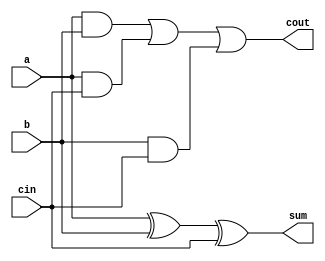
module fulladder(a, b, cin, sum, cout);
  input a, b, cin;
  output sum, cout;
  assign #2 sum = a ^ b ^ cin;
  assign #2 cout = a & b | a & cin | b & cin;
endmodule

module fulladder_LA(a, b, cin, sum, p, g);
  input a, b, cin;
  output sum, p, g;
  assign #2 sum = a ^ b ^ cin;
  assign #1 g = a & b;
  assign #1 p = a ^ b;
endmodule

module lookahead(p3, p2, p1, p0, g3, g2, g1, g0, c0, c1, c2, c3, c4, P, G);
  input p3, p2, p1, p0, g3, g2, g1, g0, c0;
  output c1, c2, c3, c4, P, G;
  
  // Hook up the carries
  assign #2 c1 = g0 | p0 & c0;
  assign #2 c2 = g1 | p1 & c1;
  assign #2 c3 = g2 | p2 & c2;
  assign #2 c4 = g3 | p3 & c3;
  
  // Logic for "Super Propagate" and "Super Generate"
  assign #3 P = p3 & p2 & p1 & p0;
  assign #4 G = g3 | p3 & g2 | p3 & p2 & g1 | p3 & p2 & p1 & g0;
endmodule

module CLA(a, b, cin, sum, cout, P, G);
  input [3:0] a, b;
  input cin;
  output [3:0] sum;
  output cout, P, G;
  
  wire [3:0] c, p, g;
  assign c[0] = cin;
  
  fulladder_LA f0(a[0], b[0], c[0], sum[0], p[0], g[0]);
  fulladder_LA f1(a[1], b[1], c[1], sum[1], p[1], g[1]);
  fulladder_LA f2(a[2], b[2], c[2], sum[2], p[2], g[2]);
  fulladder_LA f3(a[3], b[3], c[3], sum[3], p[3], g[3]);
  
  lookahead LA(p[3], p[2], p[1], p[0], g[3], g[2], g[1], g[0], c[0], c[1], c[2], c[3], cout, P, G);
endmodule

module add16_LA(a, b, cin, sum, cout, P, G);
  input [15:0] a, b;
  input cin;
  output [15:0] sum;
  output cout, P, G;

  wire [3:0] c, p, g;
  assign c[0] = cin;

  // The carry out of each CLA remains unconnected, as we will use the p and g instead
  CLA cla0(a[3:0],   b[3:0],   c[0], sum[3:0],   , p[0], g[0]);
  CLA cla1(a[7:4],   b[7:4],   c[1], sum[7:4],   , p[1], g[1]);
  CLA cla2(a[11:8],  b[11:8],  c[2], sum[11:8],  , p[2], g[2]);
  CLA cla3(a[15:12], b[15:12], c[3], sum[15:12], , p[3], g[3]);

  lookahead LA(p[3], p[2], p[1], p[0], g[3], g[2], g[1], g[0], c[0], c[1], c[2], c[3], cout, P, G);
endmodule

module ripple_adder(a, b, sum, cout);
  input [15:0] a, b;
  output [15:0] sum;
  output cout;
  
  wire [15:0] c;
  assign c[0] = 0;
  
  fulladder f0(a[0], b[0], c[0], sum[0], c[1]);
  fulladder f1(a[1], b[1], c[1], sum[1], c[2]);
  fulladder f2(a[2], b[2], c[2], sum[2], c[3]);
  fulladder f3(a[3], b[3], c[3], sum[3], c[4]);
  fulladder f4(a[4], b[4], c[4], sum[4], c[5]);
  fulladder f5(a[5], b[5], c[5], sum[5], c[6]);
  fulladder f6(a[6], b[6], c[6], sum[6], c[7]);
  fulladder f7(a[7], b[7], c[7], sum[7], c[8]);
  fulladder f8(a[8], b[8], c[8], sum[8], c[9]);
  fulladder f9(a[9], b[9], c[9], sum[9], c[10]);
  fulladder f10(a[10], b[10], c[10], sum[10], c[11]);
  fulladder f11(a[11], b[11], c[11], sum[11], c[12]);
  fulladder f12(a[12], b[12], c[12], sum[12], c[13]);
  fulladder f13(a[13], b[13], c[13], sum[13], c[14]);
  fulladder f14(a[14], b[14], c[14], sum[14], c[15]);
  fulladder f15(a[15], b[15], c[15], sum[15], cout);
endmodule

module proj1_testbench;
  wire [15:0] sum;
  wire cout;
  
  reg [15:0] A, B;
  reg clk;
  
  // instantiate a ripple_adder (DUT = Device Under Test)
  ripple_adder DUT(A, B, sum, cout);
  
  // Generate a clock that changes every 5 time units (a period of 10)
  always
    #32 clk = ~clk;

  // Initialize signals
  initial begin
    // Initialize clk to 0
    clk = 1'b0;
    
    // Set A and B to 16 bit zeros
    A = 16'hFFF8;
    B = 16'hFFFF;
  end

  // add one to the value of A at each positive clock edge
  always @(posedge clk)
    A = A + 1;
endmodule

module proj1_testbench_CLA;
  wire[15:0] sum;
  
  reg [15:0] A, B;
  reg cin;
  reg clk;
  
  wire cout, P, G;
  
  add16_LA DUT(A, B, cin, sum, cout, P, G);
  
  always
   #32 clk = ~clk;
  
  initial begin
    // Initialize clk to 0
    clk = 1'b0;
    
    // Set A and B to 16 bit zeros
    A = 16'hFFF8;
    B = 16'hFFFF;

    cin = 1'b0;
  
  end

  // add one to the value of A at each positive clock edge
  always @(posedge clk)
    A = A + 1;
endmodule